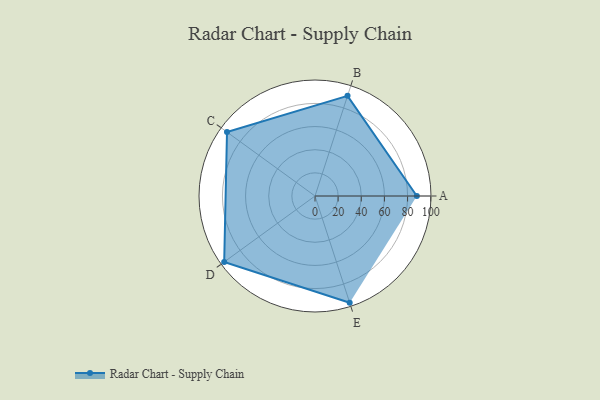
{"axis": {"x": "Skill", "y": "Score"}, "legend": ["Profile"], "data": [{"x": "A", "y": 88.0, "type": "Profile"}, {"x": "B", "y": 91.0, "type": "Profile"}, {"x": "C", "y": 94.0, "type": "Profile"}, {"x": "D", "y": 97.0, "type": "Profile"}, {"x": "E", "y": 97.0, "type": "Profile"}]}